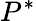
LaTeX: P^{*}